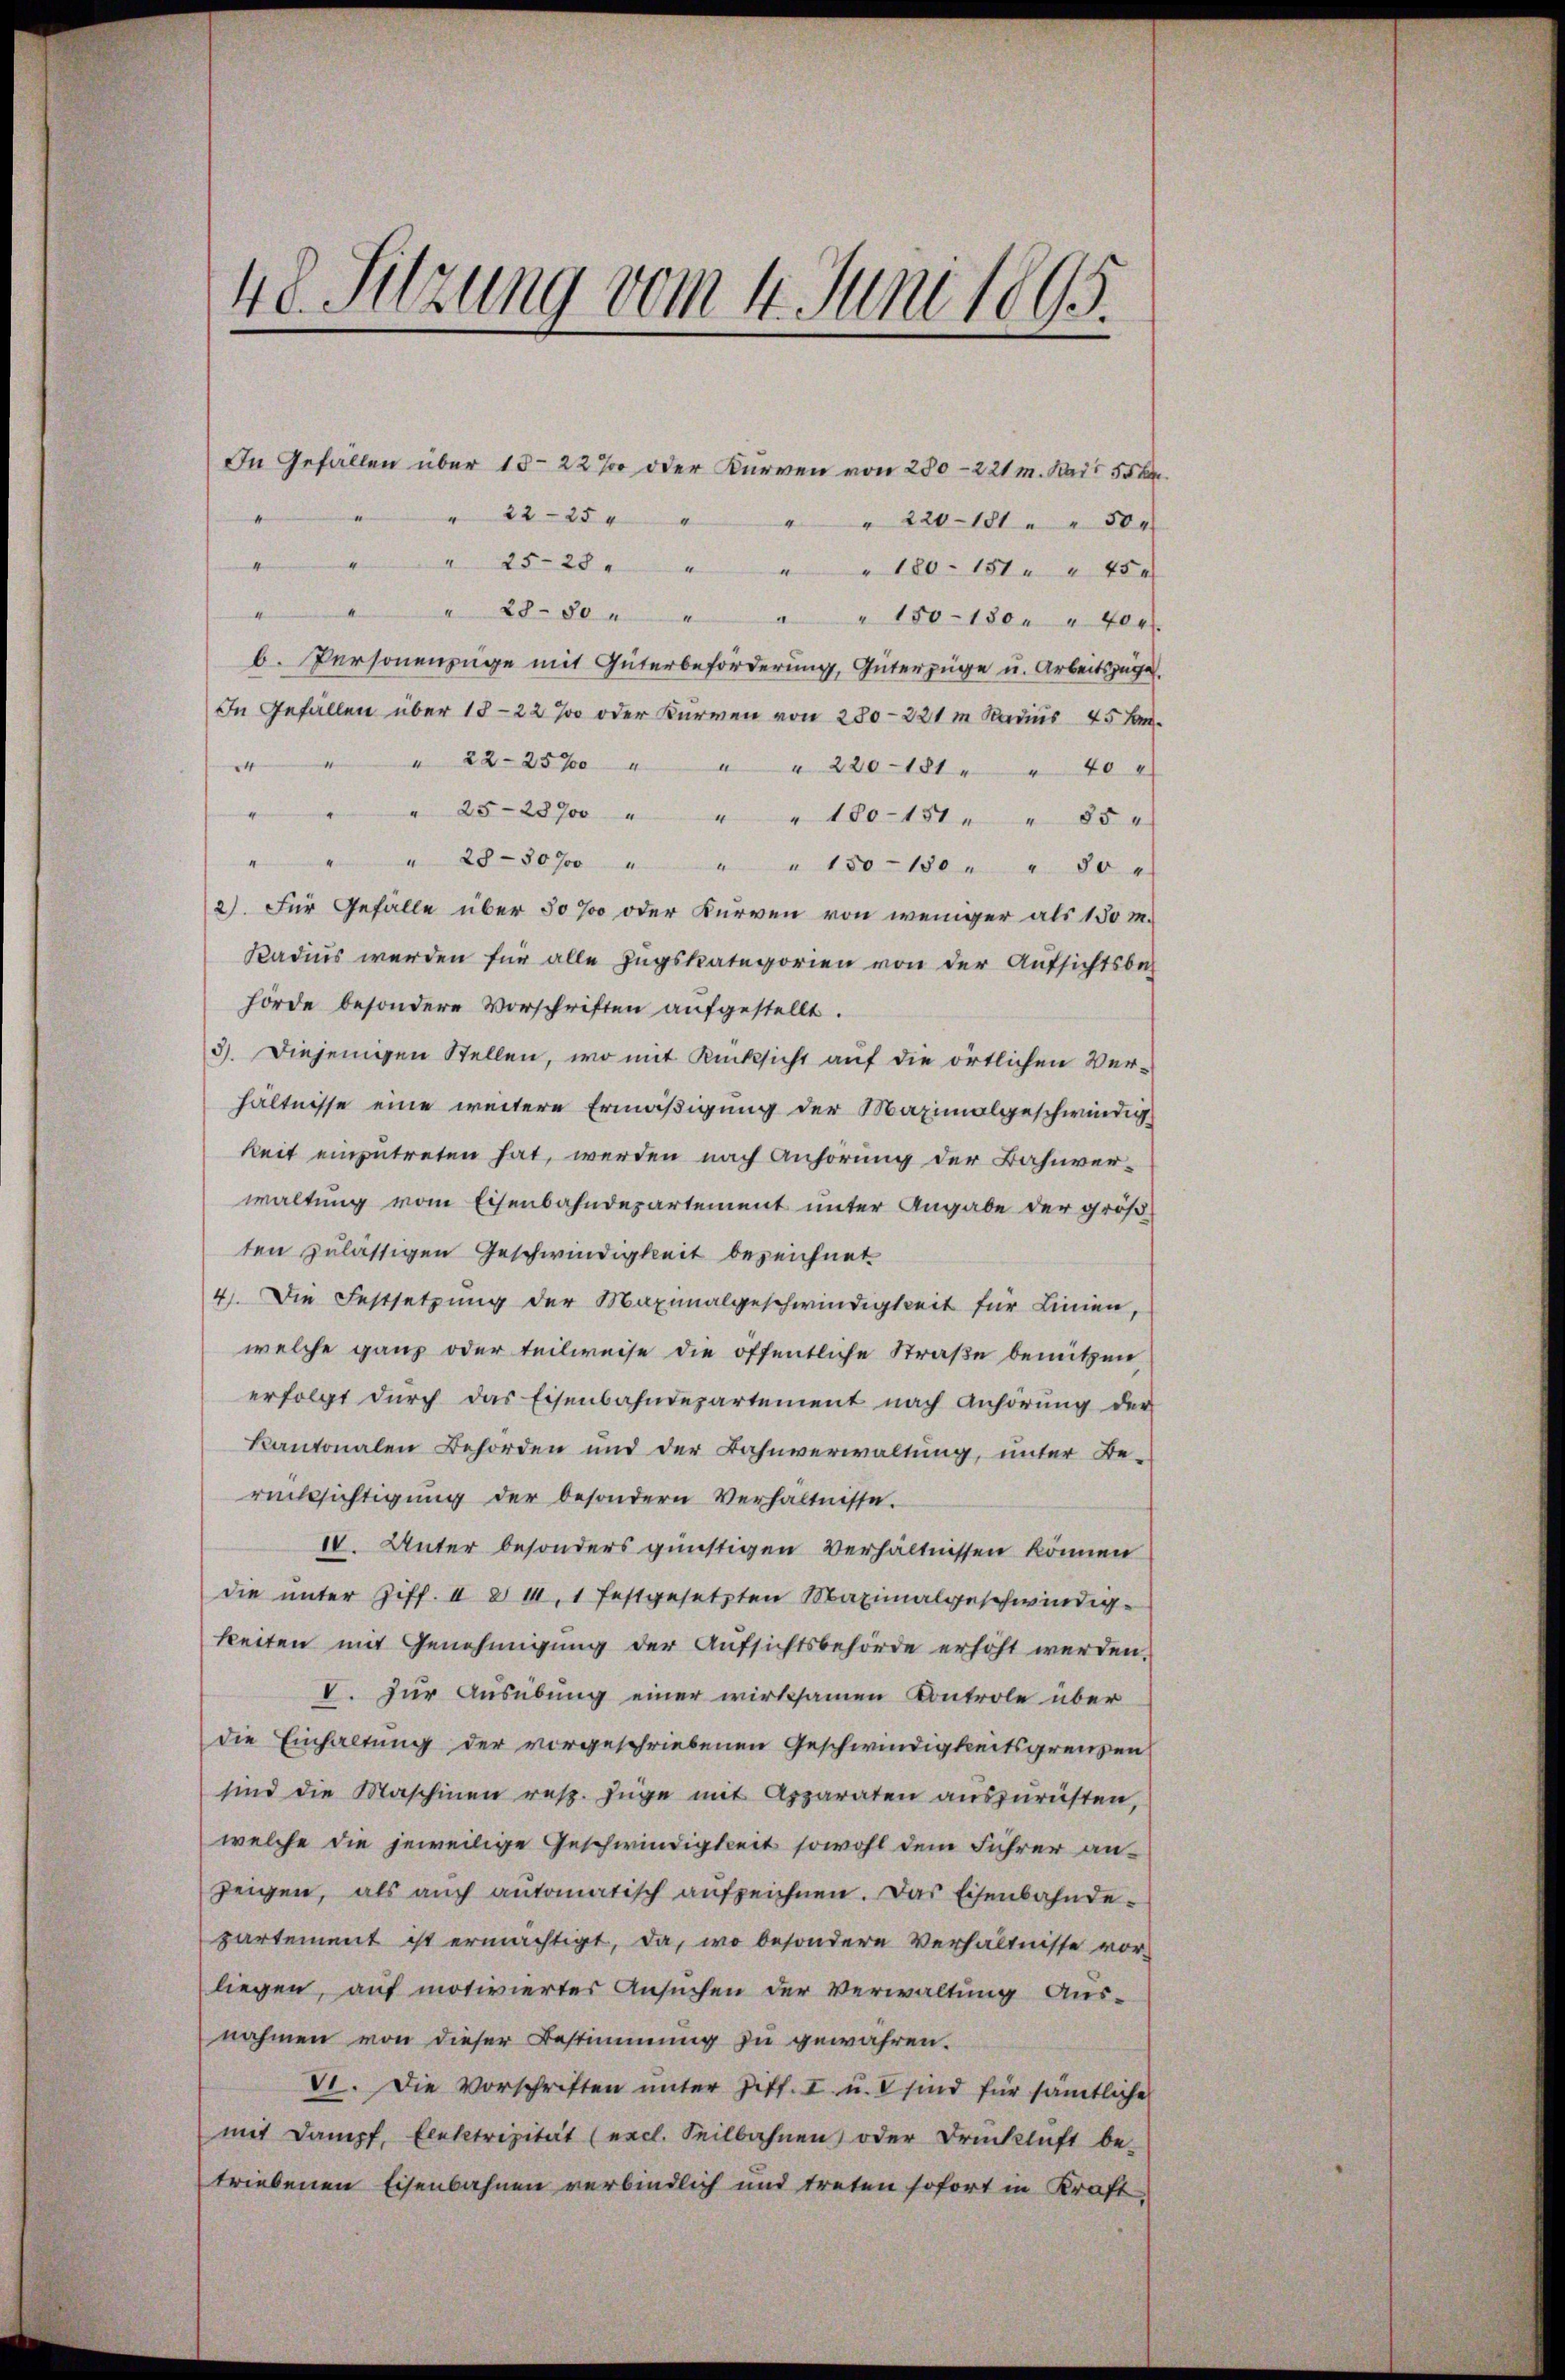
48. Sitzung vom 4. Juni 1895.

In Gefällen über 15-22% oder Kurven von 280—221 m. Kais 556
" 22 25 " " " " 220. 101. " 30
" " " 25-28 " " " " 180. 151 " " 454
" " " 28. 80 " " " " 150-180. " 40
b. Personenzüge mit Güterbeförderung, Güterzüge u. Arbeitszüge.
In Gefällen über 18-22% oder Kurven von 280-221 m Radius 45 Jan.
" " " 22-25% " " " 220. 181 " " 40
" " " 25-2370 " " " 100-151 " " 85
" " " 28–30% " " " 150-130 " " 30
2) Für Gefälle über 30% oder Kurven von weniger als 150 M.
Kadius werden für alle Zugskategorien von der Aufsichtsbehörde besondere Vorschriften aufgestellt.
3). Diejenigen Stellen, wo mit Rücksicht auf die örtlichen Ver-
hältnisse eine weitere Ermäßigung der Maximalgeschwindigkeit einzutreten hat, werden nach Anhörung der Bahnverwaltung vom Eisenbahndepartement unter Angabe der größ
ten zulässigen Geschwindigkeit bezeichnet
4). Die Festsetzŭng der Maximalgeschwindigkeit für Linien,
welche ganz oder teilweise die öffentliche Straße benützen
erfolgt durch das Eisenbahndepartement nach Anhörung der
kantonalen Behörden und der Bahnverwaltung, unter Be-
rücksichtigŭng der besondern Verhältnisse.
IV. Unter besonders günstigen Verhältnissen können
die unter Ziff. II 214, 1 festgesetzten Maximalgeschwindigkeiten mit Genehmigung der Aufsichtsbehörde erhöht werden.
V. Zur Ausübung einer wirksamen Kontrole über
die Einhaltung der vorgeschriebenen Geschwindigkeitsgrenzen
sind die Maschinen resp. füge mit Apparaten auszurüsten,
welche die jeweilige Geschwindigkeit sowohl dem Führer anzeigen, als auch antomatisch aufzeichnen. Das Eisenbahnde-
partement ist ermächtigt, da, wo besondere Verhältnisse vor-
liegen, auf motiviertes Ansuchen der Verwaltung Aus-
nahmen von dieser Bestimmung zu gewähren.
VI. Die Vorschriften ŭnter Ziff. I u. V sind für sämtliche
mit Dampf, Elektrizität (excl. Seilbahnen oder Brücklicht be-
triebenen Eisenbahnen verbindlich und treten sofort in Kraft

.

e